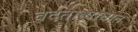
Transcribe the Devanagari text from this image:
वदतोव्याघात